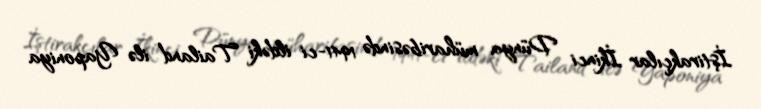
İştirakçılar İkinci Dünya müharibəsində 1941-ci ildəki Tailand ilə Yaponiya